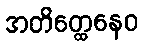
အတိတ္ထေနေဝ